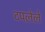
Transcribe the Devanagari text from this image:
टपलेले